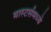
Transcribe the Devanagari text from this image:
मास्टर्समध्ये